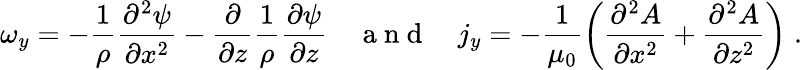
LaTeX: \omega_{y}=-\frac{1}{\rho}\frac{\partial^{2}\psi}{\partial x^{2}}-\frac{\partial}{\partial z}\frac{1}{\rho}\frac{\partial\psi}{\partial z}\quad\mathrm{~a~n~d~}\quad j_{y}=-\frac{1}{\mu_{0}}\left(\frac{\partial^{2}A}{\partial x^{2}}+\frac{\partial^{2}A}{\partial z^{2}}\right)\; .